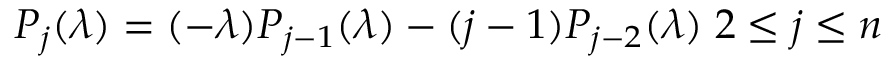
P _ { j } ( \lambda ) = ( - \lambda ) P _ { j - 1 } ( \lambda ) - ( j - 1 ) P _ { j - 2 } ( \lambda ) \; 2 \le j \le n